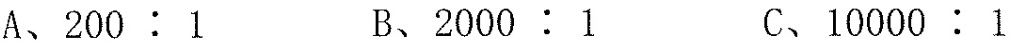
A、$$200:1$$ B、$$2000:1$$ C、$$10000:1$$